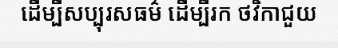
ដើម្បីសប្បុរសធម៌ ដើម្បីរក ថវិកាជួយ